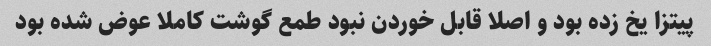
پیتزا یخ زده بود و اصلا قابل خوردن نبود طمع گوشت کاملا عوض شده بود